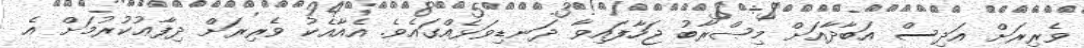
ވެރިރަށް އަދިސް އަބާދާއަށް މިޞްރާބު ޖަހާފައިވާ ދަނޑިވަޅެއްގައެވެ. އެއާއެކު ވެރިރަށް ދިފާޢުކުރުމަށް އެ